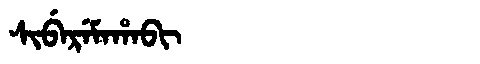
Manchu: ᠰᡳᠪᡝᡵᡝᠮᠠᡥᠠᠪᡳ
Romanization: SIBEREMAHABI